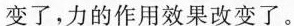
变了，力的作用效果改变了。